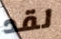
لقد